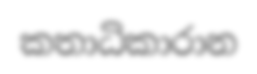
කතාධිකාරාන